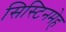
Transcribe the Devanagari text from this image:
सिस्टिनमेह